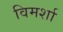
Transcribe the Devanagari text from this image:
विमर्शा